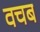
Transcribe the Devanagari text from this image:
वचब